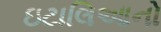
ઇટાલિઆનો